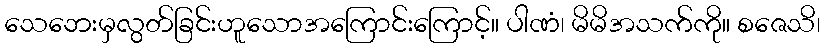
သေဘေးမှလွတ်ခြင်းဟူသောအကြောင်းကြောင့်။ ပါဏံ၊ မိမိအသက်ကို။ စဇေသိ၊